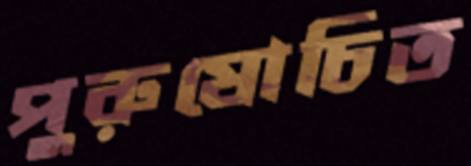
পুরুষোচিত